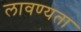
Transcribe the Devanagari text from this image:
लावण्‍यता